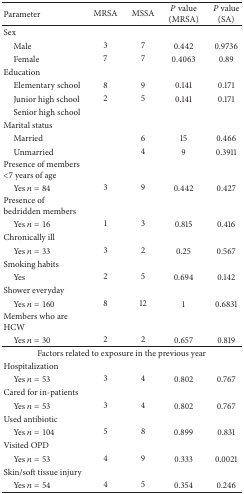
| Parameter | MRSA | MSSA | P value (MRSA) | P value (SA) |
 | --- | --- | --- | --- | --- |
 | Sex |  |  |  |  |
 | Male | 3 | 7 | 0.442 | 0.9736 |
 | Female | 7 | 7 | 0.4063 | 0.89 |
 | Education |  |  |  |  |
 | Elementary school | 8 | 9 | 0.141 | 0.171 |
 | Junior high school | 2 | 5 | 0.141 | 0.171 |
 | Senior high school |  |  |  |  |
 | Marital status |  |  |  |  |
 | Married |  | 6 | 15 | 0.466 |
 | Unmarried |  | 4 | 9 | 0.3911 |
 | Presence of members <7 years of age |  |  |  |  |
 | Yes n = 84 | 3 | 9 | 0.442 | 0.427 |
 | Presence of bedridden members |  |  |  |  |
 | Yes n = 16 | 1 | 3 | 0.815 | 0.416 |
 | Chronically ill |  |  |  |  |
 | Yes n = 33 | 3 | 2 | 0.25 | 0.567 |
 | Smoking habits |  |  |  |  |
 | Yes | 2 | 5 | 0.694 | 0.142 |
 | Shower everyday |  |  |  |  |
 | Yes n = 160 | 8 | 12 | 1 | 0.6831 |
 | Members who are HCW |  |  |  |  |
 | Yes n = 30 | 2 | 2 | 0.657 | 0.819 |
 | <COLSPAN=5> Factors related to exposure in the previous year |
 | Hospitalization |  |  |  |  |
 | Yes n = 53 | 3 | 4 | 0.802 | 0.767 |
 | Cared for in-patients |  |  |  |  |
 | Yes n = 53 | 3 | 4 | 0.802 | 0.767 |
 | Used antibiotic |  |  |  |  |
 | Yes n = 104 | 5 | 8 | 0.899 | 0.831 |
 | Visited OPD |  |  |  |  |
 | Yes n = 53 | 4 | 9 | 0.333 | 0.0021 |
 | Skin/soft tissue injury |  |  |  |  |
 | Yes n = 54 | 4 | 5 | 0.354 | 0.246 |